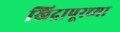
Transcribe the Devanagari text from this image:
खिद्रापूरच्या